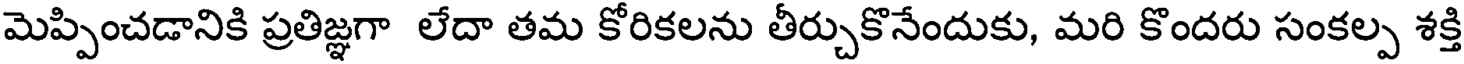
మెప్పించడానికి ప్రతిజ్ఞగా లేదా తమ కోరికలను తీర్చుకొనేందుకు, మరి కొందరు సంకల్ప శక్తి